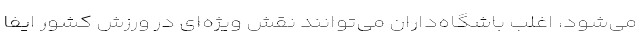
می‌شود، اغلب باشگاه‌داران می‌توانند نقش ویژه‌ای در ورزش کشور ایفا